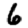
Digit: 6